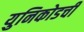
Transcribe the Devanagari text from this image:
युनिकोडची